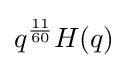
q^{\frac {11}{60}}H(q)